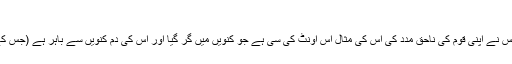
باب وجوب ملازمہ جماعۃ المسلمین 1850)
عبد اللہ بن مسعود رضی اللہ عنہ فرماتے ہیں: ’’جس نے اپنی قوم کی ناحق مدد کی اس کی مثال اس اونٹ کی سی ہے جو کنویں میں گر گیا اور اس کی دم کنویں سے باہر ہے (جس کے باہر ہونے کا اسے کوئی فائدہ نہیں)‘‘ (ابو داود۔